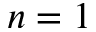
n = 1